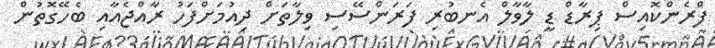
ފްރެންކޮއިސް ޕިރާޑް ޑީ ލާވާލް އެނބުރި ފަރަންސޭސި ވިލާތަށް ދިއުމަށްފަހު ރާއްޖެއާއި ބެހޭގޮތުން